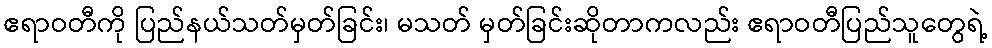
ဧရာဝတီကို ပြည်နယ်သတ်မှတ်ခြင်း၊ မသတ် မှတ်ခြင်းဆိုတာကလည်း ဧရာဝတီပြည်သူတွေရဲ့